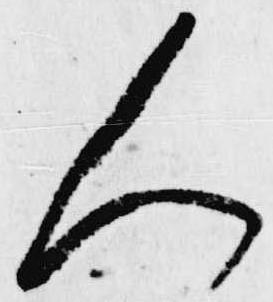
人